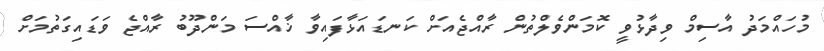
މުހައްމަދު އާސިމް ވިދާޅުވީ ކޮމަންވެލްތުން ރާއްޖެއަށް ކަނޑައަޅާފައިވާ ޚާއްސަ މަންދޫބު ރާއްޖެ ވަޑައިގަތުމަށް